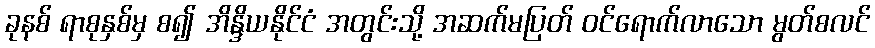
ခုနစ် ရာစုနှစ်မှ စ၍ အိန္ဒိယနိုင်ငံ အတွင်းသို့ အဆက်မပြတ် ဝင်ရောက်လာသော မွတ်စလင်